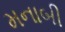
મનાબી